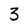
Character: 3